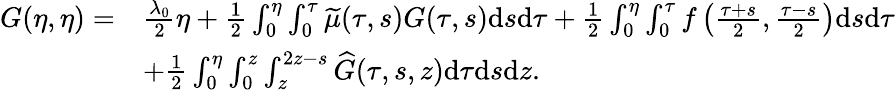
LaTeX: \begin{array}{rl}{G(\eta,\eta)=}&{{\frac{\lambda_{0}}{2}}\eta+{{\frac{{1}}{2}}\int_{0}^{\eta}\int_{0}^{\tau}\widetilde{\mu}(\tau,s)G(\tau,s)\mathrm{d}s\mathrm{d}\tau}+\frac{1}{2}\int_{0}^{\eta}\int_{0}^{\tau}f\left(\frac{\tau+s}{2},\frac{\tau-s}{2}\right)\mathrm{d}s\mathrm{d}\tau}\\ &{+\frac{1}{2}\int_{0}^{\eta}\int_{0}^{z}\int_{z}^{2z-s}\widehat{G}(\tau,s,z)\mathrm{d}\tau\mathrm{d}s\mathrm{d}z.}\end{array}